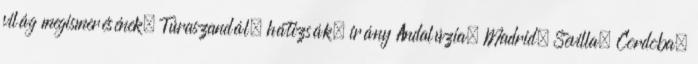
világ megismerésének. Túraszandál, hátizsák, irány Andalúzia. Madrid, Sevilla, Cordoba,